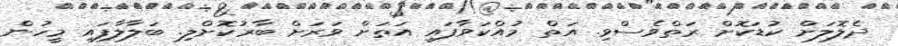
ދެލޮލަށް ކުޑަކޮށް ރަތްވެސްވި. އަތް މުއްކަވާފައި އަތަށް ވަރަށް ބާރުކޮށްލި. ބަލާލާފައި މީހުން